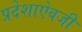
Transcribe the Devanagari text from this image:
प्रदेशाऐवजी